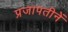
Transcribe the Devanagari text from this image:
प्रजापतीनें